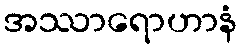
အဿာရောဟာနံ